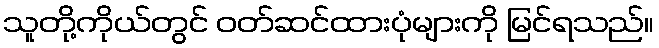
သူတို့ကိုယ်တွင် ဝတ်ဆင်ထားပုံများကို မြင်ရသည်။